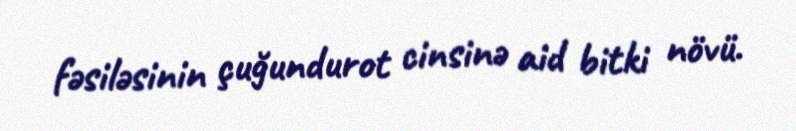
fəsiləsinin çuğundurot cinsinə aid bitki növü.